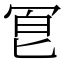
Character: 冟